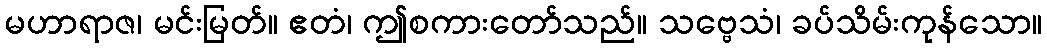
မဟာရာဇ၊ မင်းမြတ်။ ဧတံ၊ ဤစကားတော်သည်။ သဗ္ဗေသံ၊ ခပ်သိမ်းကုန်သော။